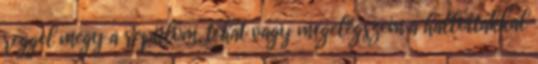
reggel megy a repülőm, tehát vagy megelégszem a hallottakkal